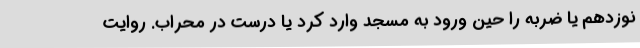
نوزدهم یا ضربه را حین ورود به مسجد وارد کرد یا درست در محراب. روایت